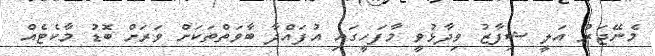
މެނޭޖަރު އަލީ ޝިފާޒު ވިދާޅުވީ މާފަހީގައި އުފައްދާ ބާވަތްތަކަށް ވަރަށް ބޮޑު މާކެޓެއް